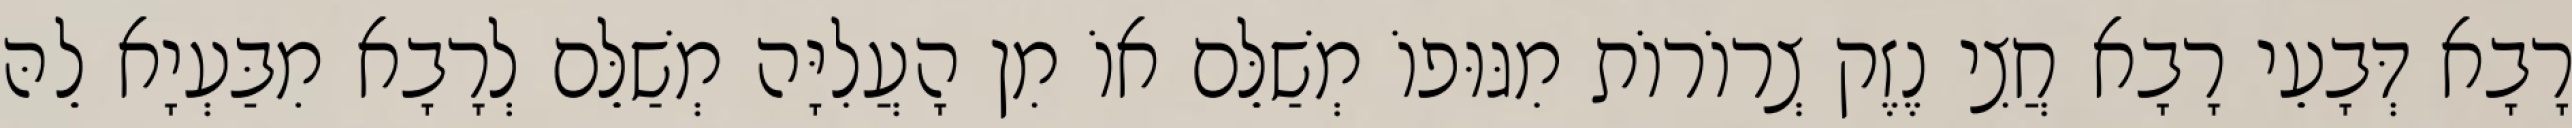
רָבָא דְּבָעֵי רָבָא חֲצִי נֶזֶק צְרוֹרוֹת מִגּוּפוֹ מְשַׁלֵּם אוֹ מִן הָעֲלִיָּה מְשַׁלֵּם לְרָבָא מִבַּעְיָא לֵהּ